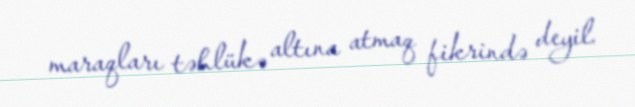
maraqları təhlükə altına atmaq fikrində deyil.